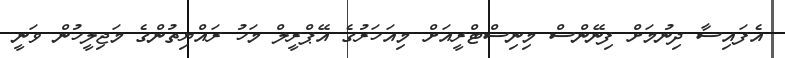
އެފައިސާ ދިނުމަށް ފިނޭންސް މިނިސްޓްރީއަށް މިއަހަރުގެ އޭޕްރީލް މަހު ރައްޔިތުންގެ މަޖިލީހުން ވަނީ